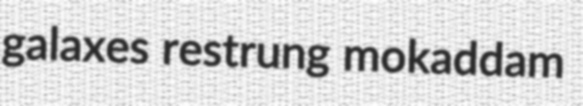
galaxes restrung mokaddam